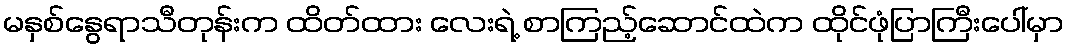
မနှစ်နွေရာသီတုန်းက ထိတ်ထား လေးရဲ့ စာကြည့်ဆောင်ထဲက ထိုင်ဖုံပြာကြီးပေါ်မှာ